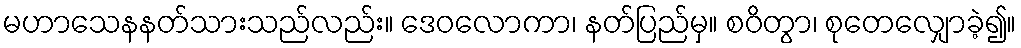
မဟာသေနနတ်သားသည်လည်း။ ဒေဝလောကာ၊ နတ်ပြည်မှ။ စဝိတွာ၊ စုတေလျှောခဲ့၍။